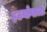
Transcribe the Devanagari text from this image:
हठयोगाला